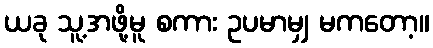
ယခု သူ့အဖို့မူ စကား ဥပမာမျှ မကတော့။